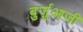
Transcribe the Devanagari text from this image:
बुर्जुआजी